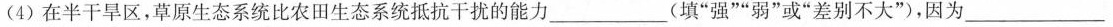
(4)在半干旱区，草原生态系统比农田生态系统抵抗干扰的能力___(填”强””弱”或”差别不大”)，因为___